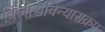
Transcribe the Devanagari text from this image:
विलासविन्यासक्रम